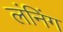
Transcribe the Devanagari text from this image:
लंनिंग